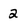
Character: 2